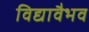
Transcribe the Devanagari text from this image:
विद्यावैभव